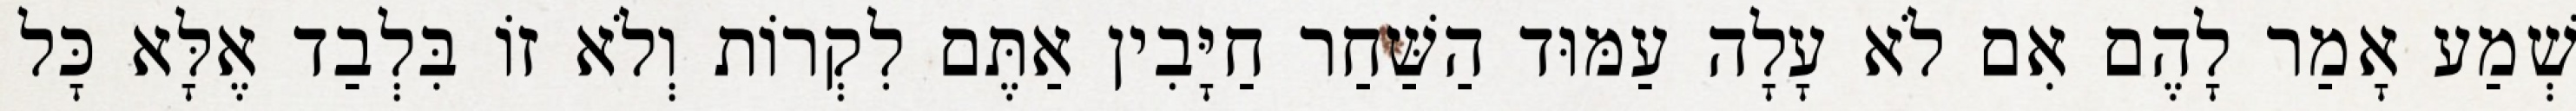
שְׁמַע אָמַר לָהֶם אִם לֹא עָלָה עַמּוּד הַשַּׁחַר חַיָּבִין אַתֶּם לִקְרוֹת וְלֹא זוֹ בִּלְבַד אֶלָּא כָּל